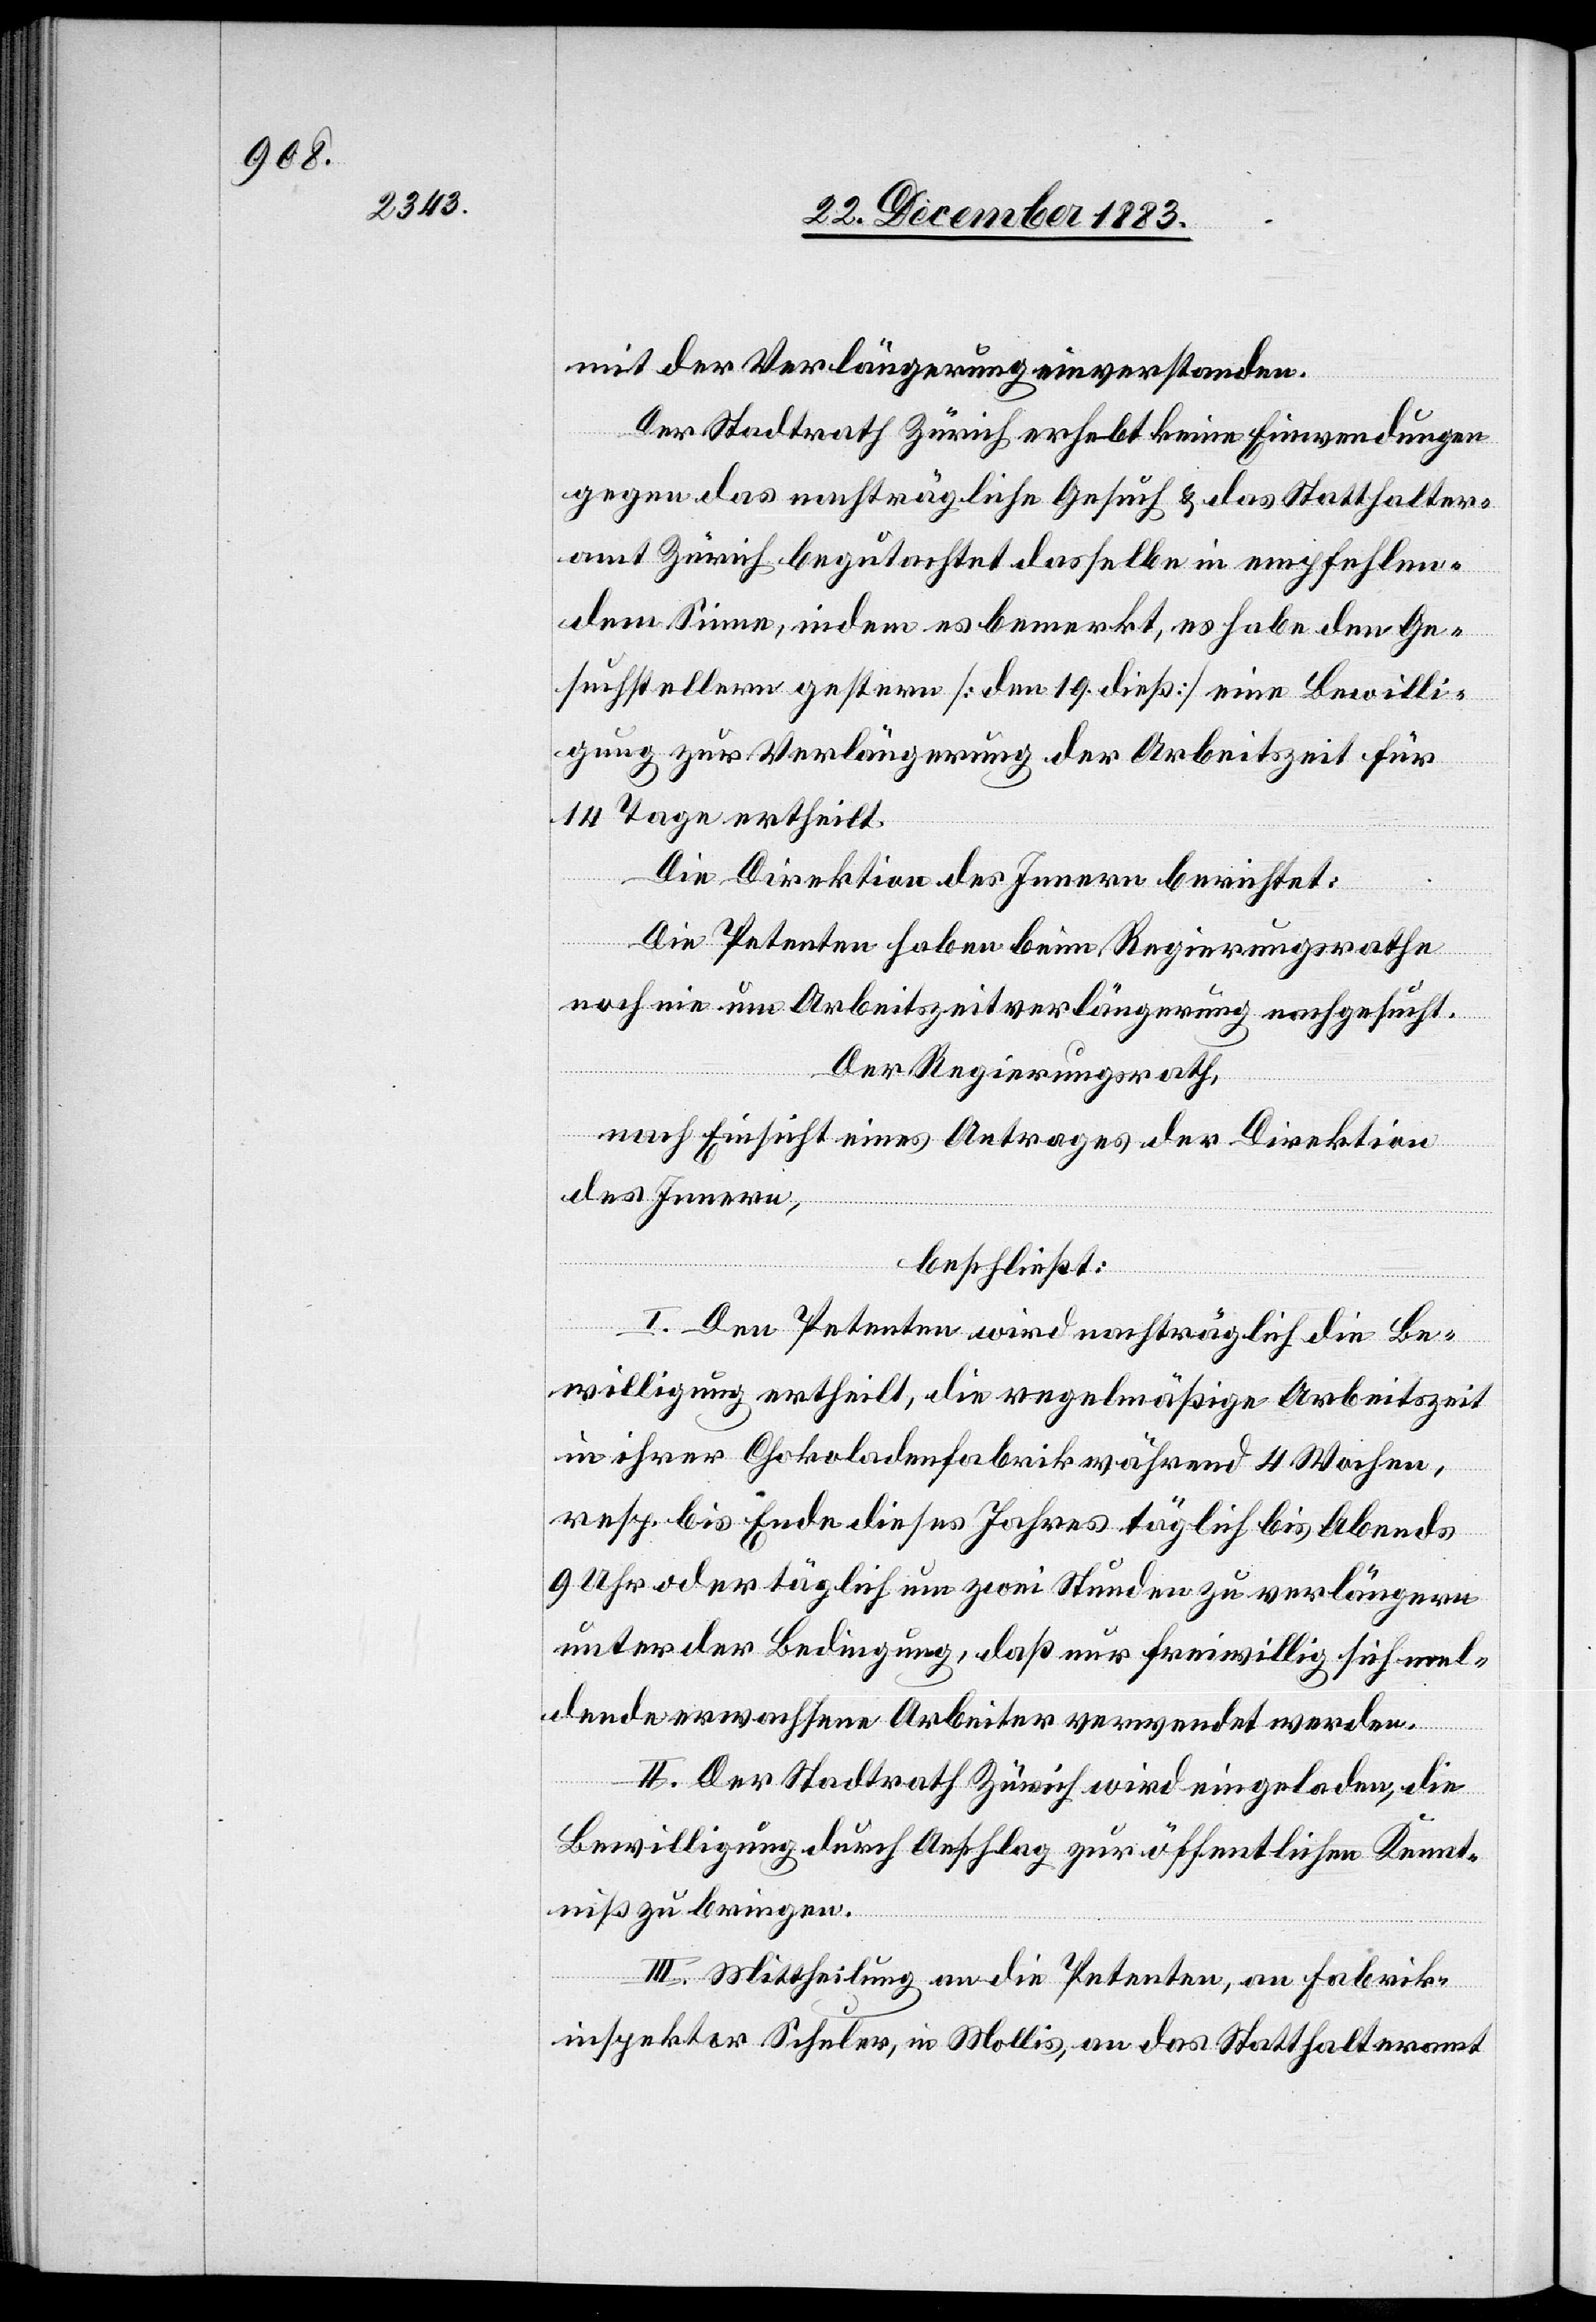
mit der Verlängerung einverstanden.
Der Stadtrath Zürich erhebt keine Einwendungen
gegen das nachträgliche Gesuch & das Statthalter¬
amt Zürich begutachtet dasselbe in empfehlen¬
dem Sinne, indem es bemerkt, es habe den Ge¬
suchstellern gestern [den 19. dieß] eine Bewilli¬
gung zur Verlängerung der Arbeitszeit für
14 Tage ertheilt.
Die Direktion des Innern berichtet:
Die Petenten haben beim Regierungsrathe
noch nie um Arbeitszeitverlängerung nachgesucht.
Der Regierungsrath,
nach Einsicht eines Antrages der Direktion
des Innern,
beschließt:
I. Den Petenten wird nachträglich die Be¬
willigung ertheilt, die regelmäßige Arbeitszeit
in ihrer Chokoladenfabrik während 4 Wochen,
resp. bis Ende dieses Jahres täglich bis Abends
9 Uhr oder täglich um zwei Stunden zu verlängern
unter der Bedingung, daß nur freiwillig sich mel¬
dende erwachsene Arbeiter verwendet werden.
II. Der Stadtrath Zürich wird eingeladen, die
Bewilligung durch Anschlag zur öffentlichen Kennt¬
niß zu bringen.
III. Mittheilung an die Petenten, an Fabrik¬
inspektor Schuler, in Mollis, an das Statthalteramt